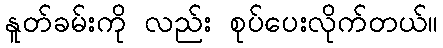
နူတ်ခမ်းကို လည်း စုပ်ပေးလိုက်တယ်။